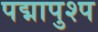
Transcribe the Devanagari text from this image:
पद्मापुश्प